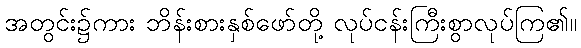
အတွင်း၌ကား ဘိန်းစားနှစ်ဖော်တို့ လုပ်ငန်းကြီးစွာလုပ်ကြ၏။